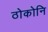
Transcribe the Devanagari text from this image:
ठोकोनि